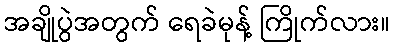
အချိုပွဲအတွက် ရေခဲမုန့် ကြိုက်လား။